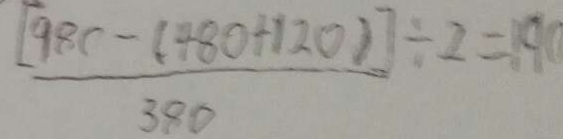
\frac { [ 9 8 c - ( 4 8 0 + 1 2 0 ) ] } { 3 8 0 } \div 2 = 1 9 0